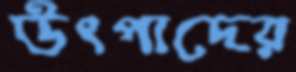
উৎপাদের